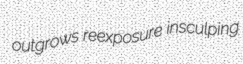
outgrows reexposure insculping